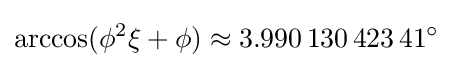
\arccos(\phi ^{2}\xi +\phi )\approx 3.990\,130\,423\,41^{\circ }